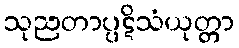
သုညတာပ္ပဋိသံယုတ္တာ